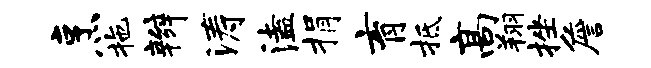
烹拖辫涛溘捐育抵高翔挫詹